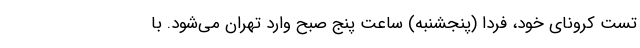
تست کرونای خود، فردا (پنجشنبه) ساعت پنج صبح وارد تهران می‌شود. با